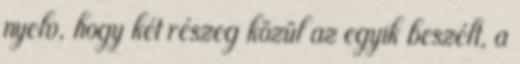
nyelv, hogy két részeg közül az egyik beszélt, a